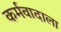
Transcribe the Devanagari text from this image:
कर्मवादाला